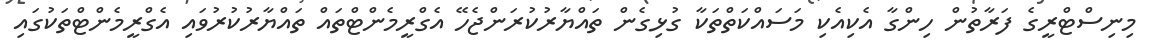
މިނިސްޓްރީގެ ފަރާތުން ހިންގާ އެކިއެކި މަސައްކަތްތަކާ ގުޅިގެން ތައްޔާރުކުރަންޖެހޭ އެގްރީމެންޓްތައް ތައްޔާރުކުރުވައި އެގްރީމެންޓްތަކުގައި